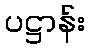
ပဋ္ဌာန်း